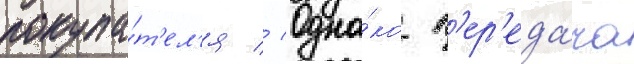
покупа́т'ел'я // Одна́ко п'ер'еда́ча